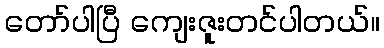
တော်ပါပြီ ကျေးဇူးတင်ပါတယ်။